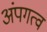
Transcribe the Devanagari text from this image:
अंपगत्व